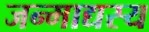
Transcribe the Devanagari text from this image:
जन्माद्यस्य